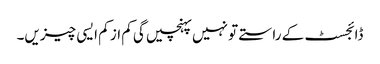
ڈائجسٹ کے راستے تو نہیں پہنچیں گی کم از کم ایسی چیزیں۔